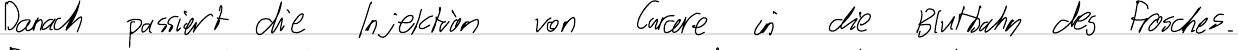
Danach passiert die Injektion von Curare in die Blutbahn des Frosches.